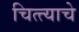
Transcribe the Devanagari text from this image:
चित्त्याचे